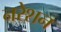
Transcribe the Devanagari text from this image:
नरेशन